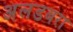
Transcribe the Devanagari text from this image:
अलडबरा